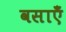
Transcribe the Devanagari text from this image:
वसाएँ